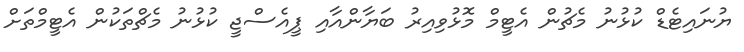
ޔުނައިޓެޑް ކުޅުނު މެޗުން އެޓީމް މޮޅުވިއިރު ބަޔާންއާއި ޕީއެސްޖީ ކުޅުނު މެޗްތަކުން އެޓީމްތަށް